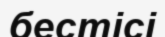
бестісі